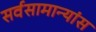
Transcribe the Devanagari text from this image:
सर्वसामान्यांस